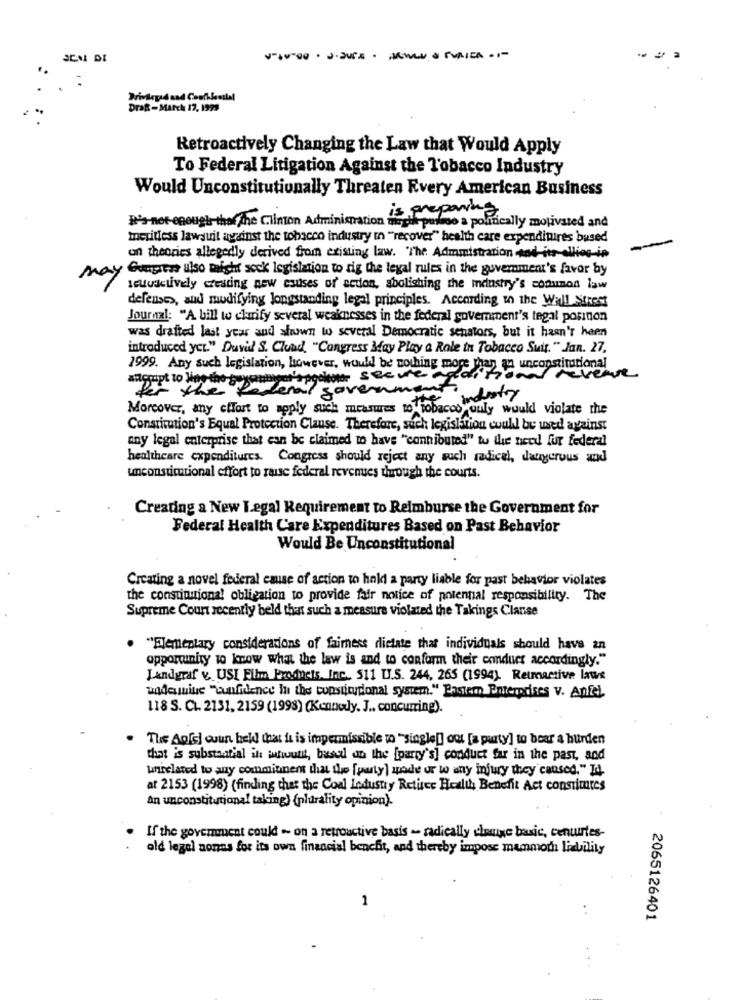
Drag-March 17, 1999
Retroactively Changing the Law that Would Apply
To Federal Litigation Against the Tobacco Industry
Would Unconstitutionally Threaten Every American Business
is preparing
Does not enough the the Clinton Administration magie passo a politically motivated and
meritless lawsuit against the tobacco industry in "recover" health care expenditures bused
on theories allegedly derived from existing law. "The Administration sod-its allies-in
May Gongsem ulso might sock legislation to rig the legal rules in the government's favor by
setuactively creating new causes of action, abolishing the industry's sonunos law
defense>, and modifying longstanding legal principles. According to the Wall Street
Journal: "A bill to clarify several weaknesses in the federal government's tegal porinon
was drafted last year and shown to several Democratic senators, but it hasn't heen
introduced yer." Duvil S. Cloud. "Congress May Play a Role in Tobacco Suit. " Jan. 27,
1999. Any such legislation, however, would be nothing more than on unconstitutional
Papgohome secure
revenue
for the t
denal government
con industry
Morcover, any effort to apply such measures to tobacco ouly would violate the
Constitution's Equal Protection Clause. Therefore, such legislation could be used against
any legal enterprise that can be claimed to have "cannibuted" tu the need fur federal
healthcare expenditures. Congress should reject any such radical, dangerous and
unconstitutional effort to raise federal revenues through the courts.
Creating a New Legal Requirement to Reimburse the Government for
Federal Health Care Expenditures Based on Past Behavior
Would Be Unconstitutional
Creating a novel federal emise of action to hold a party liable for past behavior violates
the constitutional obligation to provide fair notice of potential responsibility. The
Supreme Court recently beld that such a measure violated the Takings Clanse
"Elementary considerations of fairness dictate that individuals should have an
opportunity to know what the law is and to conform their conduct accordingly."
Landgraf v. USI Film Products, Inc. 511 U.S. 244, 265 (1994). Reumactive lawe
widermius "confidence in the constitutional system." Pastern Enterprises v. Anfel.
118 S. CL. 2131, 2159 (1998) (Kennedy. J ., concuming).
The Apfel oun held that it is impermissible to "single[] out [a party] to boar a burden
that is substantial il whounit, basal un the [party's] conduct far in the past, and
unrelated to say commitment that the [party ] mode or to any injury they caused." 14
at 2153 (1998) (finding that the Coal Industry Retiree Health Benefit Act constimites
an unconstitutional taking) {plurality opinion).
If the goverment could - on a retroactive basis - radically einige basic, centuries-
old legal nonas for its own financial benchit, and thereby impose mammoth liability
1
2065126401